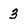
Character: 3